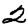
Digit: 2